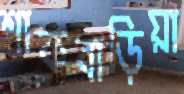
শাকবাড়িয়া